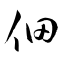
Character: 佃